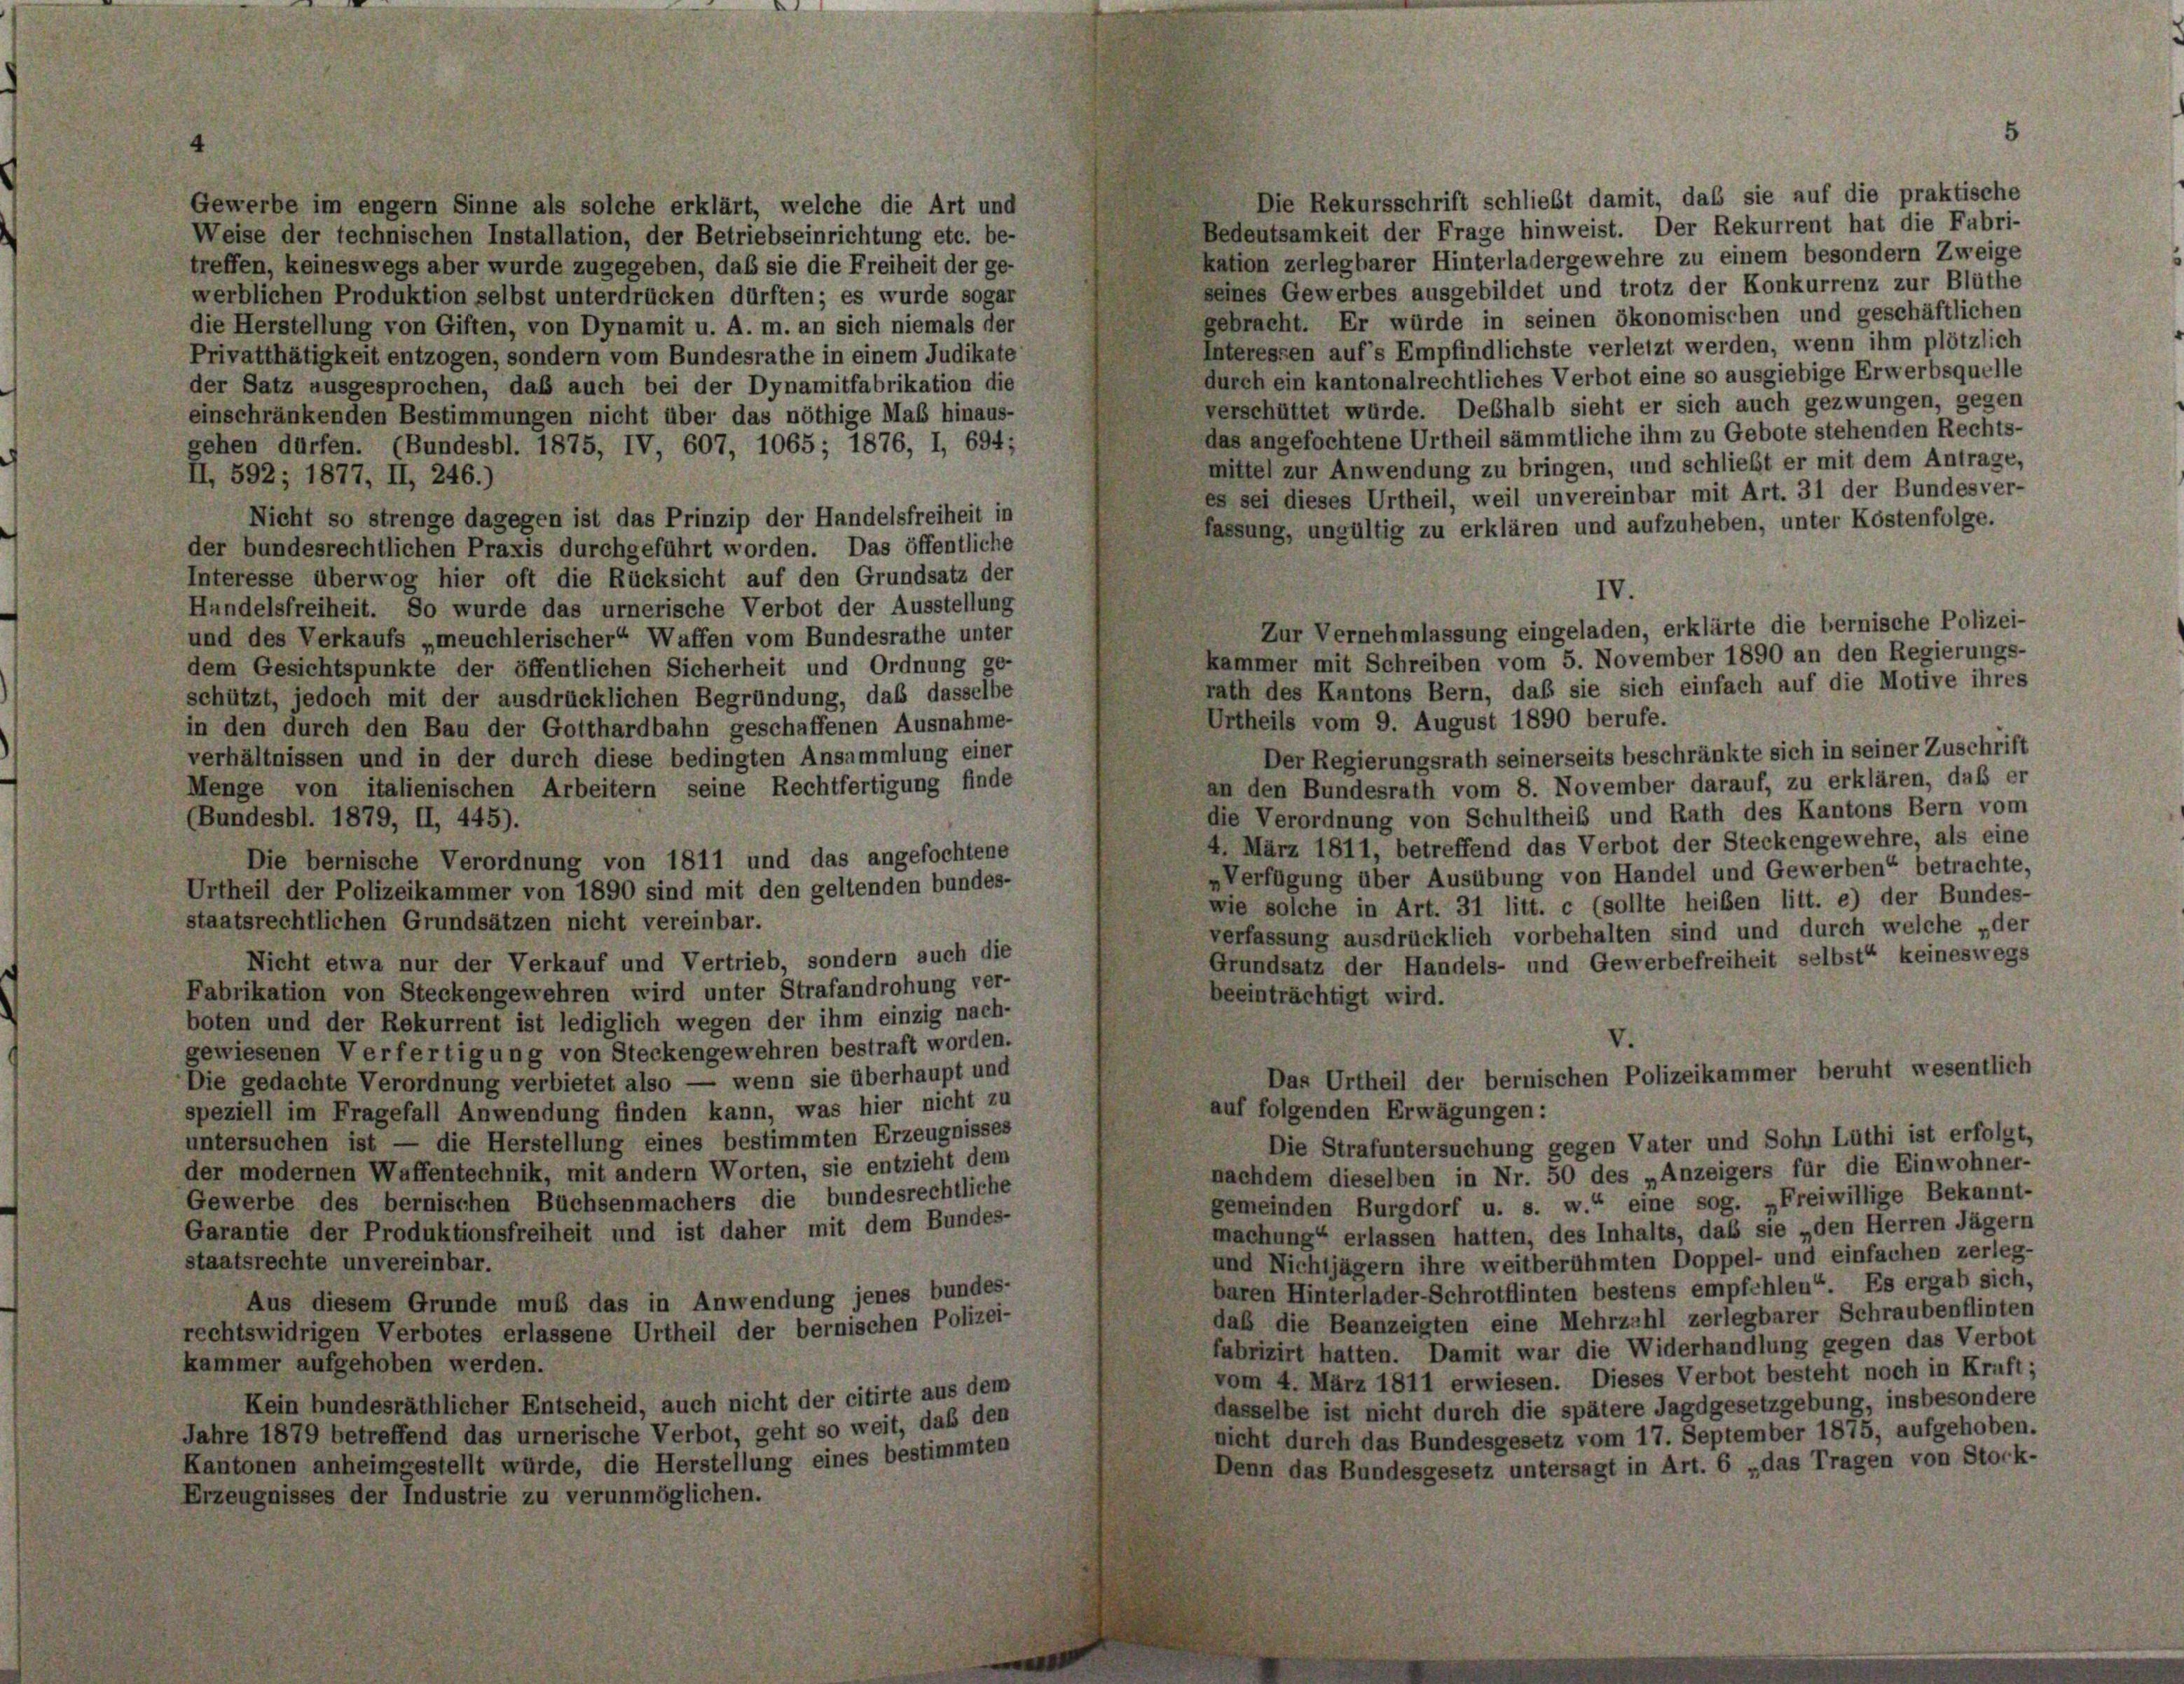
Gewerbe im engem Sinne als solche erklärt, welche die Art und
Weise der technischen Installation, der Betriebseinrichtung etc. be-
treffen, keineswegs aber wurde zugegeben, daß sie die Freiheit der ge-
werblichen Produktion selbst unterdrücken dürften; es wurde sogar
die Herstellung von Giften, von Dynamit u. A. m. an sich niemals der
Privatthätigkeit entzogen, sondern vom Bundesrathe in einem Judikate
der Satz ausgesprochen, daß auch bei der Dynamitfabrikation die
einschränkenden Bestimmungen nicht über das nöthige Maß hinaus-
gehen dürfen. (Bundesbl. 1875, IV 607, 1065; 1876, I, 694;
II, 592; 1877, II, 246.)

Nicht so strenge dagegen ist das Prinzip der Handelsfreiheit in
fassung, ungültig zu erklären und aufzuheben, unter Kostenfolge.
der bundesrechtlichen Praxis durchgeführt worden. Das öffentliche
Interesse überwog hier oft die Rücksicht auf den Grundsatz der
Handelsfreiheit. So wurde das urnerische Verbot der Ausstellung
Zur Vernehmlassung eingeladen, erklärte die bernische Polizei-
und des Verkaufs „meuchlerischer“ Waffen vom Bundesrathe unter
kammer mit Schreiben vom 5. November 1890 an den Regierungs-
dem Gesichtspunkte der öffentlichen Sicherheit und Ordnung ge-
rath des Kantons Bern, daß sie sich einfach auf die Motive ihres
schützt, jedoch mit der ausdrücklichen Begründung, daß dasselbe
Urtheils vom 9. August 1890 berufe.
in den durch den Bau der Gotthardbahn geschaffenen Ausnahme-
Der Regierungsrath seinerseits beschränkte sich in seiner Zuschrift
verhältnissen und in der durch diese bedingten Ansammlung einer
an den Bundesrath vom 8. November darauf, zu erklären, daß er
Menge von italienischen Arbeitern seine Rechtfertigung finde
die Verordnung von Schultheil und Rath des Kantons Bern vom
(Bundesbl. 1879, II, 445).
4. März 1811, betreffend das Verbot der Steckengewehre, als eine
Die bernische Verordnung von 1811 und das angefochtene
Verfügung über Ausübung von Handel und Gewerben“ betrachte,
Urtheil der Polizeikammer von 1890 sind mit den geltenden bundes-
wie solche in Art. 31 litt. c (sollte heiben litt. e) der Bundes-
staatsrechtlichen Grundsätzen nicht vereinbar.
verfassung ausdrücklich vorbehalten sind und durch welche „der
Nicht etwa nur der Verkauf und Vertrieb, sondern auch die
Grundsatz der Handels- und Gewerbefreiheit selbst keineswegs
Fabrikation von Steckengewehren wird unter Strafandrohung ver-
beeinträchtigt wird.
boten und der Rekurrent ist lediglich wegen der ihm einzig nach-
V.
gewiesenen Verfertigung von Steckengewehren bestraft worden.
Das Urtheil der bernischen Polizeikammer beruht wesentlich
Die gedachte Verordnung verbietet also — wenn sie überhaupt und
speziell im Fragefall Anwendung finden kann, was hier nicht zu
auf folgenden Erwägungen:
untersuchen ist — die Herstellung eines bestimmten Erzeugnisses
Die Strafuntersuchung gegen Vater und Sohn Lüthi ist erfolgt,
der modernen Waffentechnik, mit andern Worten, sie entzieht dem
nachdem dieselben in Nr. 50 des „Anzeigers für die Einwohner-
Gewerbe des bernischen Büchsenmachers die bundesrechtliche
gemeinden Burgdorf u. s. w.“ eine sog. „Freiwillige Bekannt-
Garantie der Produktionsfreiheit und ist daher mit dem Bundes-
machung“ erlassen hatten, des Inhalts, daß sie „den Herren Jägern
und Nichtjägern ihre weitberühmten Doppel- und einfachen zerleg-
staatsrechte unvereinbar.
baren Hinterlader-Schrotflinten bestens empfehlen“. Es ergab sich,
Aus diesem Grunde muß das in Anwendung jenes bundes-
daß die Beanzeigten eine Mehrzahl zerlegbarer Schraubenflinten
rechtswidrigen Verbotes erlassene Urtheil der bernischen Polizei-
fabrizirt hatten. Damit war die Widerhandlung gegen das Verbot
kammer aufgehoben werden.
vom 4. März 1811 erwiesen. Dieses Verbot besteht noch in Kraft;
Kein bundesräthlicher Entscheid, auch nicht der citirte aus dem
dasselbe ist nicht durch die spätere Jagdgesetzgebung, insbesondere
Jahre 1879 betreffend das urnerische Verbot, geht so weit, daß den
nicht durch das Bundesgesetz vom 17. September 1875, aufgehoben.
Kantonen anheimgestellt würde, die Herstellung eines bestimmten
Denn das Bundesgesetz untersagt in Art. 6 „das Tragen von Stock-
Erzeugnisses der Industrie zu verunmöglichen.

Die Rekursschrift schließt damit, daß sie auf die praktische
Bedeutsamkeit der Frage hinweist. Der Rekurrent hat die Fabri-
kation zerlegbarer Hinterladergewehre zu einem besondern Zweige
seines Gewerbes ausgebildet und trotz der Konkurrenz zur Blüthe
gebracht. Er würde in seinen ökonomischen und geschäftlichen
Interessen auf’s Empfindlichste verletzt werden, wenn ihm plötzlich
durch ein kantonalrechtliches Verbot eine so ausgiebige Erwerbsquelle
verschüttet würde. Deshalb sieht er sich auch gezwungen, gegen
das angefochtene Urtheil sämmtliche ihm zu Gebote stehenden Rechts-
mittel zur Anwendung zu bringen, und schließt er mit dem Antrage,
es sei dieses Urtheil, weil unvereinbar mit Art. 31 der Bundesver-

IV.

5